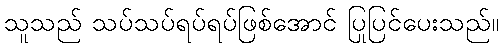
သူသည် သပ်သပ်ရပ်ရပ်ဖြစ်အောင် ပြုပြင်ပေးသည်။